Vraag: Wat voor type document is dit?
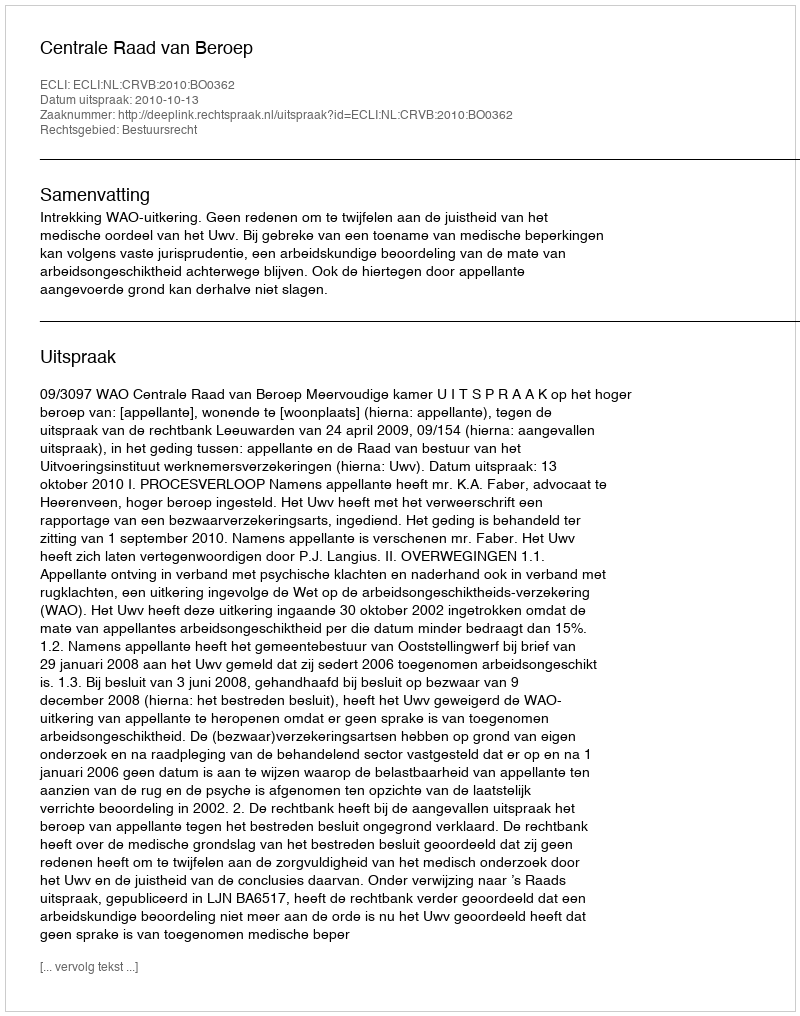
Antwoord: Uitspraak